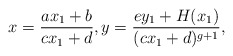
\begin{align*} x=\dfrac{ax_1+b}{cx_1+d}, y=\dfrac{ey_1+H(x_1)}{(cx_1+d)^{g+1}},\end{align*}